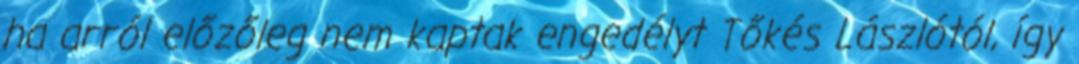
ha arról előzőleg nem kaptak engedélyt Tőkés Lászlótól, így